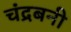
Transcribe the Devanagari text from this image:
चंद्रबनी